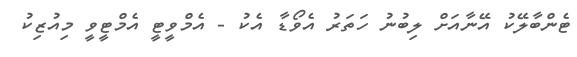
ޓެންބާލޭކު އޭނާއަށް ލިބުނު ހަތަރު އެވޯޑާ އެކު - އެމްވީޓީ އެމްޓީވީ މިއުޒިކު